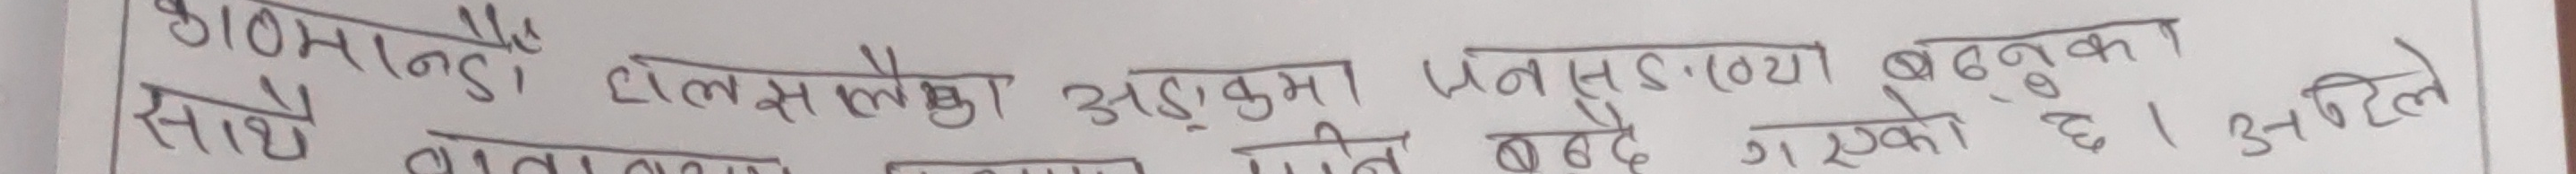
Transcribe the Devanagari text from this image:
काठमाडौँ हालसम्म अड़कम जनसङ्ख्या १०२ बढ्नुका गरेको छ । अहिले